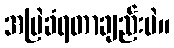
အမြဲခံရတာချည်းပဲ။